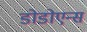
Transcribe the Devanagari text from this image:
डोडोएन्स